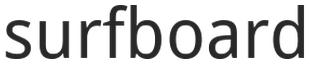
surfboard